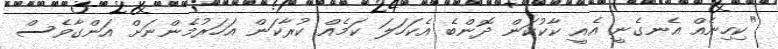
"ކިހިނެއް އެނގެނީ އެއީ ކާކުކަން ދޮންބެ އެކަހަލަ ކަމެއް ކުރާކަން އަހަރުމެންނަށް އަންގާވެސް